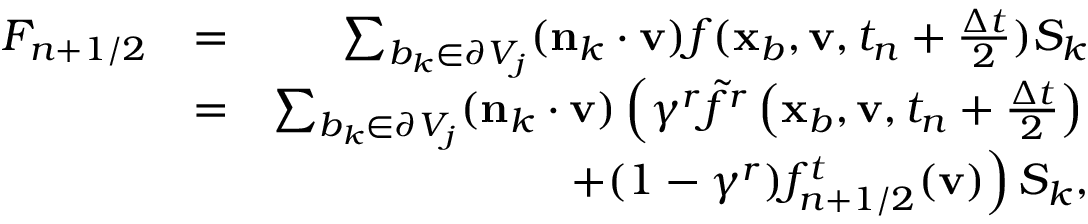
\begin{array} { r l r } { F _ { n + 1 / 2 } } & { = } & { \sum _ { b _ { k } \in \partial V _ { j } } ( \mathbf n _ { k } \cdot \mathbf v ) f ( \mathbf x _ { b } , \mathbf v , t _ { n } + \frac { \Delta t } { 2 } ) S _ { k } } \\ & { = } & { \sum _ { b _ { k } \in \partial V _ { j } } ( \mathbf n _ { k } \cdot \mathbf v ) \left( \gamma ^ { r } \widetilde { f } ^ { r } \left( \mathbf x _ { b } , \mathbf v , t _ { n } + \frac { \Delta t } { 2 } \right) \right. } \\ & { } & { \left. + ( 1 - \gamma ^ { r } ) f _ { n + 1 / 2 } ^ { t } ( \mathbf v ) \right) S _ { k } , } \end{array}